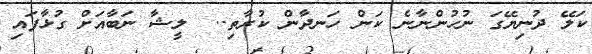
ކަލޭ ދުނިޔޭގަ ނުހުންނާނެ ކަން ހަނދާން ކުރާތި..  ލީޝާ ނަބާއަށް ގުޅާފައި